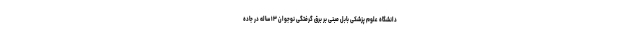
دانشگاه علوم پزشکی بابل مبنی بر برق گرفتگی نوجوان ۱۳ ساله در جاده